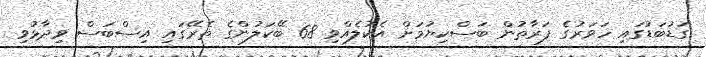
ގަޑުބަޑުގައި ހަވަރުގެ ފަރާތުން ބަސްކިޔުމަށް އެކުލެއްވި 68 ބޭކަލުންގެ ތެރޭގައި އިސްބަސް ވިދާޅުވި